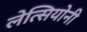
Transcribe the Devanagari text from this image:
लेत्सियोनी